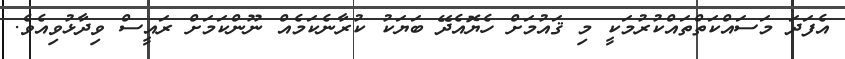
އެފަދަ މަސައްކަތްތައްކުރުމަކީ މި ޤައުމަށް ހެޔޮއެދޭ ބަޔަކު ކުރާނެކަމެއް ނޫންކަމަށް ރައީސް ވިދާޅުވިއެވެ.